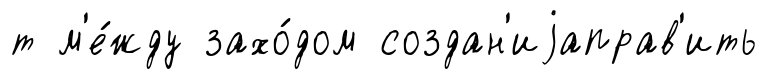
т м'е́жду захо́дом создан'иjаправ'ить